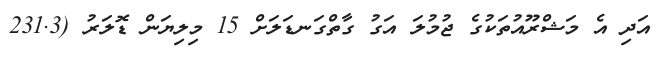
އަދި އެ މަޝްރޫއުތަކުގެ ޖުމުލަ އަގު ގާތްގަނޑަލަށް 15 މިލިޔަން ޑޮލަރު (231.3